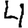
Digit: 4